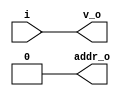


module bsg_encode_one_hot_width_p1
(
  i,
  addr_o,
  v_o
);

  input [0:0] i;
  output [0:0] addr_o;
  output v_o;
  wire [0:0] addr_o;
  wire v_o;
  assign v_o = i[0];
  assign addr_o[0] = 1'b0;

endmodule



module bsg_encode_one_hot_width_p2
(
  i,
  addr_o,
  v_o
);

  input [1:0] i;
  output [0:0] addr_o;
  output v_o;
  wire [0:0] addr_o,aligned_vs;
  wire v_o;
  wire [1:0] aligned_addrs;

  bsg_encode_one_hot_width_p1
  aligned_left
  (
    .i(i[0]),
    .addr_o(aligned_addrs[0]),
    .v_o(aligned_vs[0])
  );


  bsg_encode_one_hot_width_p1
  aligned_right
  (
    .i(i[1]),
    .addr_o(aligned_addrs[1]),
    .v_o(addr_o[0])
  );

  assign v_o = addr_o[0] | aligned_vs[0];

endmodule



module bsg_encode_one_hot_width_p4
(
  i,
  addr_o,
  v_o
);

  input [3:0] i;
  output [1:0] addr_o;
  output v_o;
  wire [1:0] addr_o,aligned_addrs;
  wire v_o;
  wire [0:0] aligned_vs;

  bsg_encode_one_hot_width_p2
  aligned_left
  (
    .i(i[1:0]),
    .addr_o(aligned_addrs[0]),
    .v_o(aligned_vs[0])
  );


  bsg_encode_one_hot_width_p2
  aligned_right
  (
    .i(i[3:2]),
    .addr_o(aligned_addrs[1]),
    .v_o(addr_o[1])
  );

  assign v_o = addr_o[1] | aligned_vs[0];
  assign addr_o[0] = aligned_addrs[0] | aligned_addrs[1];

endmodule



module bsg_encode_one_hot_width_p8
(
  i,
  addr_o,
  v_o
);

  input [7:0] i;
  output [2:0] addr_o;
  output v_o;
  wire [2:0] addr_o;
  wire v_o;
  wire [3:0] aligned_addrs;
  wire [0:0] aligned_vs;

  bsg_encode_one_hot_width_p4
  aligned_left
  (
    .i(i[3:0]),
    .addr_o(aligned_addrs[1:0]),
    .v_o(aligned_vs[0])
  );


  bsg_encode_one_hot_width_p4
  aligned_right
  (
    .i(i[7:4]),
    .addr_o(aligned_addrs[3:2]),
    .v_o(addr_o[2])
  );

  assign v_o = addr_o[2] | aligned_vs[0];
  assign addr_o[1] = aligned_addrs[1] | aligned_addrs[3];
  assign addr_o[0] = aligned_addrs[0] | aligned_addrs[2];

endmodule



module bsg_encode_one_hot_width_p16
(
  i,
  addr_o,
  v_o
);

  input [15:0] i;
  output [3:0] addr_o;
  output v_o;
  wire [3:0] addr_o;
  wire v_o;
  wire [5:0] aligned_addrs;
  wire [0:0] aligned_vs;

  bsg_encode_one_hot_width_p8
  aligned_left
  (
    .i(i[7:0]),
    .addr_o(aligned_addrs[2:0]),
    .v_o(aligned_vs[0])
  );


  bsg_encode_one_hot_width_p8
  aligned_right
  (
    .i(i[15:8]),
    .addr_o(aligned_addrs[5:3]),
    .v_o(addr_o[3])
  );

  assign v_o = addr_o[3] | aligned_vs[0];
  assign addr_o[2] = aligned_addrs[2] | aligned_addrs[5];
  assign addr_o[1] = aligned_addrs[1] | aligned_addrs[4];
  assign addr_o[0] = aligned_addrs[0] | aligned_addrs[3];

endmodule



module bsg_encode_one_hot_width_p32
(
  i,
  addr_o,
  v_o
);

  input [31:0] i;
  output [4:0] addr_o;
  output v_o;
  wire [4:0] addr_o;
  wire v_o;
  wire [7:0] aligned_addrs;
  wire [0:0] aligned_vs;

  bsg_encode_one_hot_width_p16
  aligned_left
  (
    .i(i[15:0]),
    .addr_o(aligned_addrs[3:0]),
    .v_o(aligned_vs[0])
  );


  bsg_encode_one_hot_width_p16
  aligned_right
  (
    .i(i[31:16]),
    .addr_o(aligned_addrs[7:4]),
    .v_o(addr_o[4])
  );

  assign v_o = addr_o[4] | aligned_vs[0];
  assign addr_o[3] = aligned_addrs[3] | aligned_addrs[7];
  assign addr_o[2] = aligned_addrs[2] | aligned_addrs[6];
  assign addr_o[1] = aligned_addrs[1] | aligned_addrs[5];
  assign addr_o[0] = aligned_addrs[0] | aligned_addrs[4];

endmodule